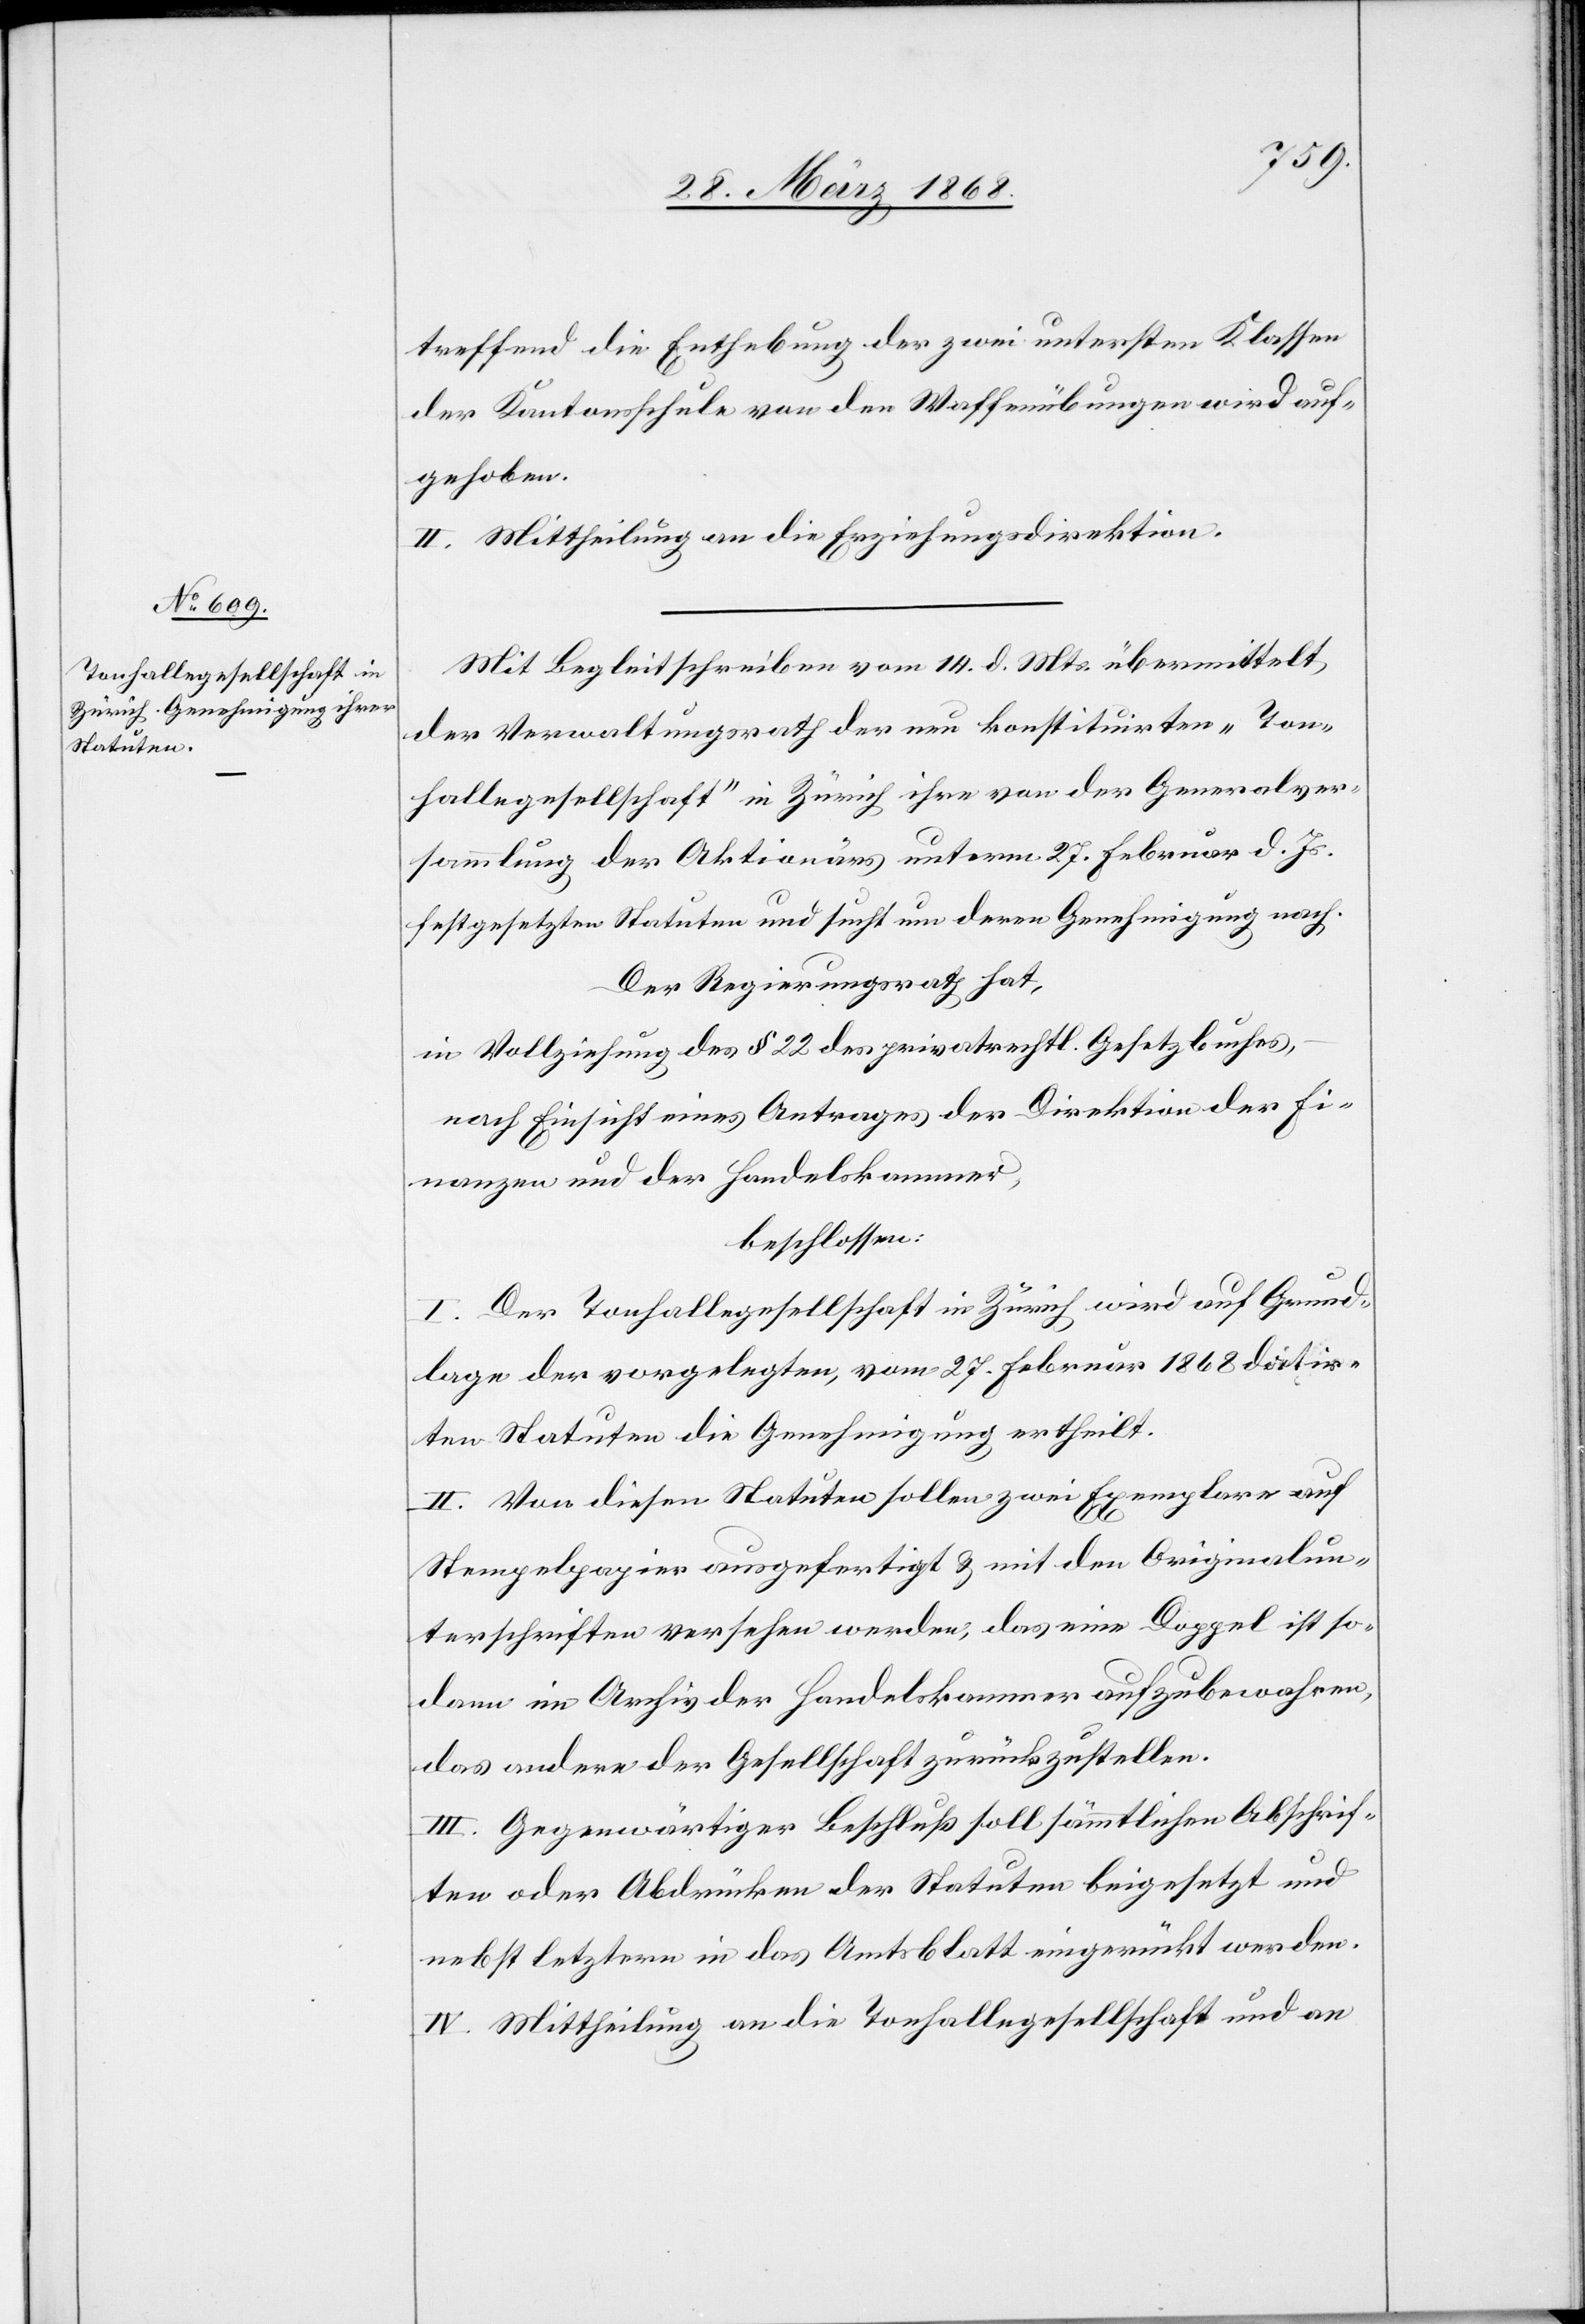
treffend die Enthebung der zwei untersten Klassen
der Kantonsschule von den Waffenübungen wird auf¬
gehoben.
II. Mittheilung an die Erziehungsdirektion.
Mit Begleitschreiben vom 14. d. Mts. übermittelt
der Verwaltungsrath der neu konstituirten „Ton¬
hallegesellschaft“ in Zürich ihre von der Generalver¬
sammlung der Aktionärs unterm 27. Februar d. Js.
festgesetzten Statuten und sucht um deren Genehmigung nach.
Der Regierungsrath hat,
in Vollziehung des § 22 des privatrechtl. Gesetzbuches,
nach Einsicht eines Antrages der Direktion der Fi¬
nanzen und der Handelskammer,
beschlossen:
I. Der Tonhallegesellschaft in Zürich wird auf Grund¬
lage der vorgelegten, vom 27. Februar 1868 datir¬
ten Statuten die Genehmigung ertheilt.
II. Von diesen Statuten sollen zwei Exemplare auf
Stempelpapier ausgefertigt & mit den Originalun¬
terschriften versehen werden, das eine Doppel ist so¬
dann im Archiv der Handelskammer aufzubewahren,
das andere der Gesellschaft zurückzustellen.
III. Gegenwärtiger Beschluß soll sämmtlichen Abschrif¬
ten oder Abdrücken der Statuten beigesetzt und
nebst letztern in das Amtsblatt eingerückt werden.
IV. Mittheilung an die Tonhallegesellschaft und an